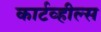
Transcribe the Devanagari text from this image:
कार्टव्हील्स